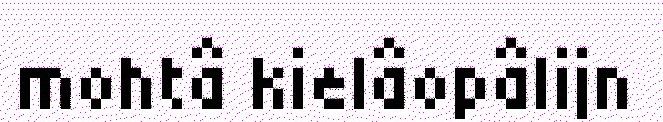
mohtâ kielâopâlijn